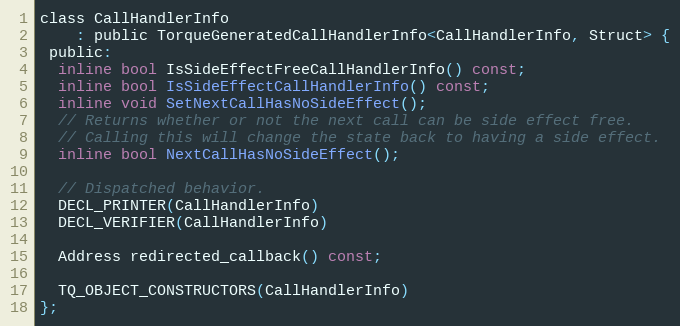
Language: C
class CallHandlerInfo
    : public TorqueGeneratedCallHandlerInfo<CallHandlerInfo, Struct> {
 public:
  inline bool IsSideEffectFreeCallHandlerInfo() const;
  inline bool IsSideEffectCallHandlerInfo() const;
  inline void SetNextCallHasNoSideEffect();
  // Returns whether or not the next call can be side effect free.
  // Calling this will change the state back to having a side effect.
  inline bool NextCallHasNoSideEffect();

  // Dispatched behavior.
  DECL_PRINTER(CallHandlerInfo)
  DECL_VERIFIER(CallHandlerInfo)

  Address redirected_callback() const;

  TQ_OBJECT_CONSTRUCTORS(CallHandlerInfo)
};